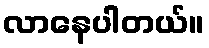
လာနေပါတယ်။